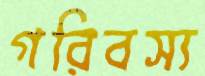
গরিবস্য